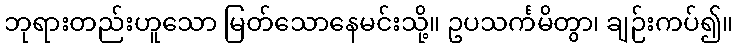
ဘုရားတည်းဟူသော မြတ်သောနေမင်းသို့။ ဥပသင်္ကမိတွာ၊ ချဉ်းကပ်၍။